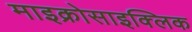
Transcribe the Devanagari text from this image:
माइक्रोसाइक्लिक